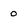
Character: O